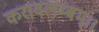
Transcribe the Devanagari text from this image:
करावलम्बम्।।